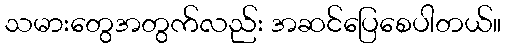
သမားတွေအတွက်လည်း အဆင်ပြေစေပါတယ်။